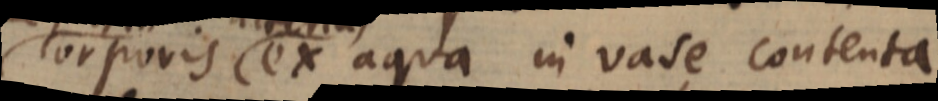
corporis ex aqua in vase contenta